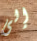
إلى